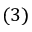
( 3 )